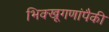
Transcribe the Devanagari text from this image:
भिक्खूगणांपैकी